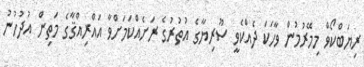
ރިޔަބްކޯވް މިމޭރުމުން ވާހަކަ ދެއްކެވީ ސޫރިޔާގެ އުތުރުގެ ރަށެއްކަމަށްވާ އައްރިއްޤާގެ މަތިން އުދުހުނު